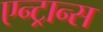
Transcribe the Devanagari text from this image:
एन्ट्रान्स